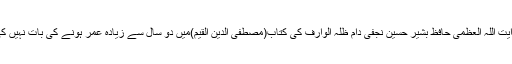
سوال:آیت اللہ العظمیٰ حافظ بشیر حسین نجفی دام ظلہ الوارف کی کتاب(مصطفی الدین القیم)میں دو سال سے زیادہ عمر ہونے کی بات نہیں کی ہے۔